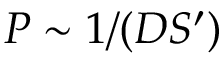
P \sim 1 / ( D S ^ { \prime } )